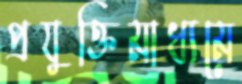
প্রযুক্তিমাধ্যমে